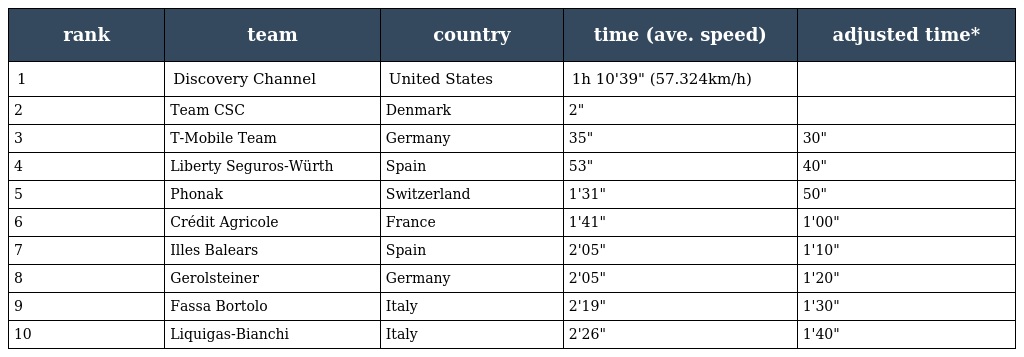
| rank | team | country | time (ave. speed) | adjusted time* |
 | --- | --- | --- | --- | --- |
 | 1 | Discovery Channel | United States | 1h 10'39" (57.324km/h) |  |
 | 2 | Team CSC | Denmark | 2" |  |
 | 3 | T-Mobile Team | Germany | 35" | 30" |
 | 4 | Liberty Seguros-Würth | Spain | 53" | 40" |
 | 5 | Phonak | Switzerland | 1'31" | 50" |
 | 6 | Crédit Agricole | France | 1'41" | 1'00" |
 | 7 | Illes Balears | Spain | 2'05" | 1'10" |
 | 8 | Gerolsteiner | Germany | 2'05" | 1'20" |
 | 9 | Fassa Bortolo | Italy | 2'19" | 1'30" |
 | 10 | Liquigas-Bianchi | Italy | 2'26" | 1'40" |